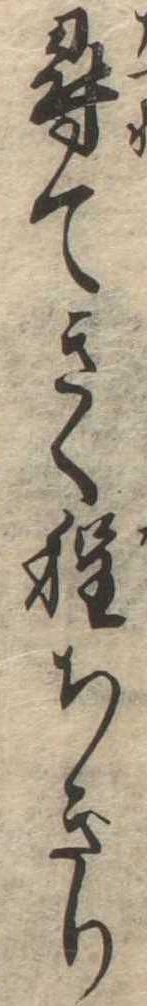
尋てきく程ちぎり